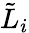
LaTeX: {\tilde{L}}_{i}